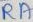
Text: RA